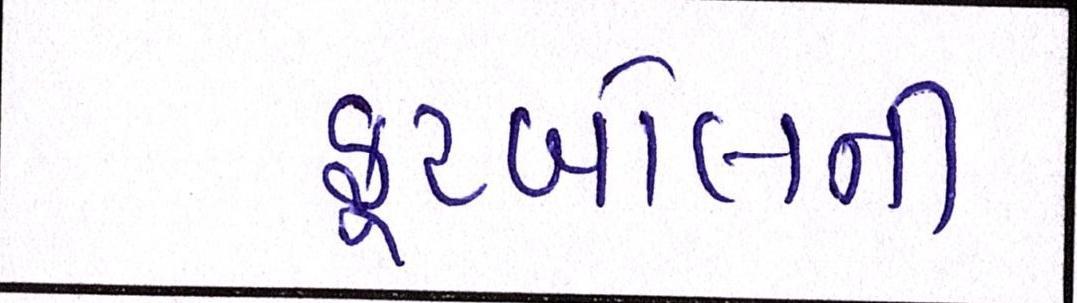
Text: ફૂટબોલની